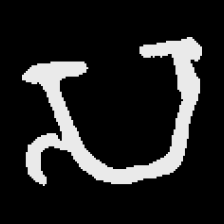
Pyu character \u2014 Myanmar letter: သ (romanized: sa)